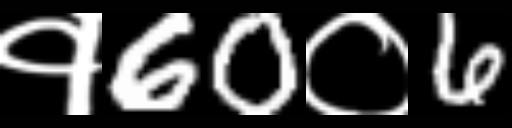
Text: १60०6